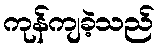
ကုန်ကျခဲ့သည်